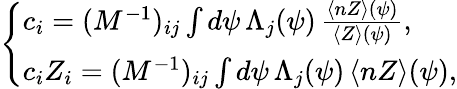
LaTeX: \left\{ \begin{array}{ll}{c_{i}=(M^{-1})_{ij}\int d\psi\, \Lambda_{j}(\psi)\, \frac{\langle nZ\rangle(\psi)}{\langle Z\rangle(\psi)},}\\ {c_{i}Z_{i}=(M^{-1})_{ij}\int d\psi\, \Lambda_{j}(\psi)\, \langle nZ\rangle(\psi),}\end{array}\right.